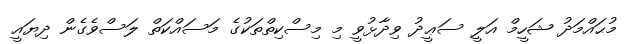
މުޙައްމަދު ޝަހީމް އަލީ ސަޢީދު ވިދާޅުވީ މި މިސްކިތްތަކުގެ މަސައްކަތް ލަސްވެގެން ދިޔައީ